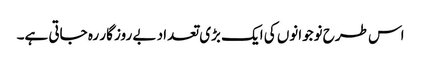
اس طرح نوجوانوں کی ایک بڑی تعداد بے روز گار رہ جاتی ہے۔